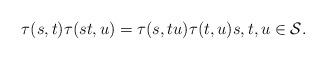
LaTeX: \begin{align*}\tau(s, t) \tau(s t, u)=\tau(s, t u) \tau(t, u) s, t, u \in \mathcal{S}.\end{align*}